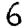
Digit: 6